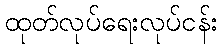
ထုတ်လုပ်ရေးလုပ်ငန်း